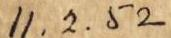
11.2.52